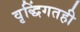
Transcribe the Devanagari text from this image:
वृद्धिंगतही